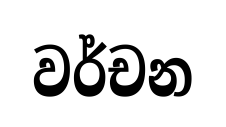
වර්චන